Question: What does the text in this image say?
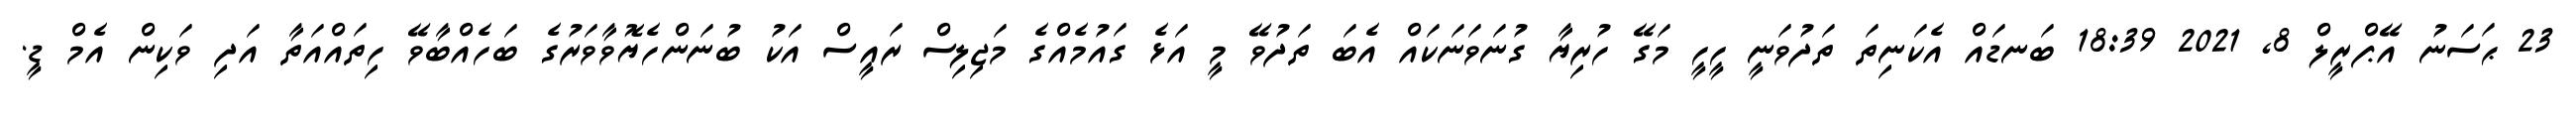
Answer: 23 ޙަސަނު އޭޕްރީލް 8, 2021 18:39 ބަނޑައް އެކަނިތަ ތަދުވަނީ ހީހީ މަގޭ ހުރިޔާ ގުނަވަނަކައް އެބަ ތަދުވޭ މީ އަޅެ ގައުމެއްގެ މަޖިލިސް ރައީސް އަކު ބުނަންހެޔޮވާވަރުގެ ބަހެއްބާވޭ ހިތައްއަތާ އަދި ވަކިން އެމް ޑީ.